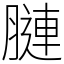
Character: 𦟪